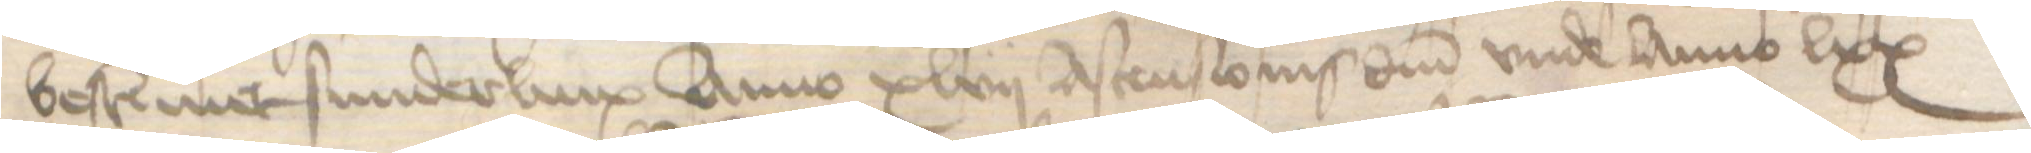
bestemmet sunderlinx Anno xlvii Ascensionis domini vnde Anno lxx